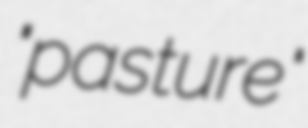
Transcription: "pasture"